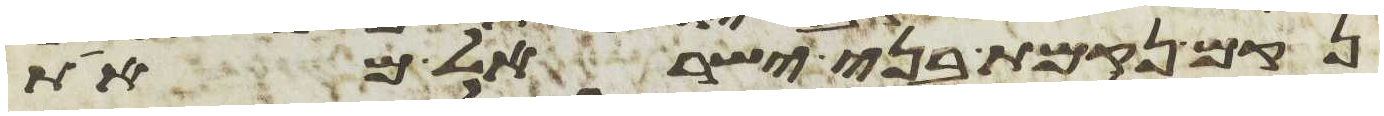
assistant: נקם נקמת בני ישראל מאת